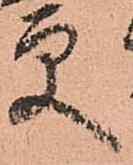
更